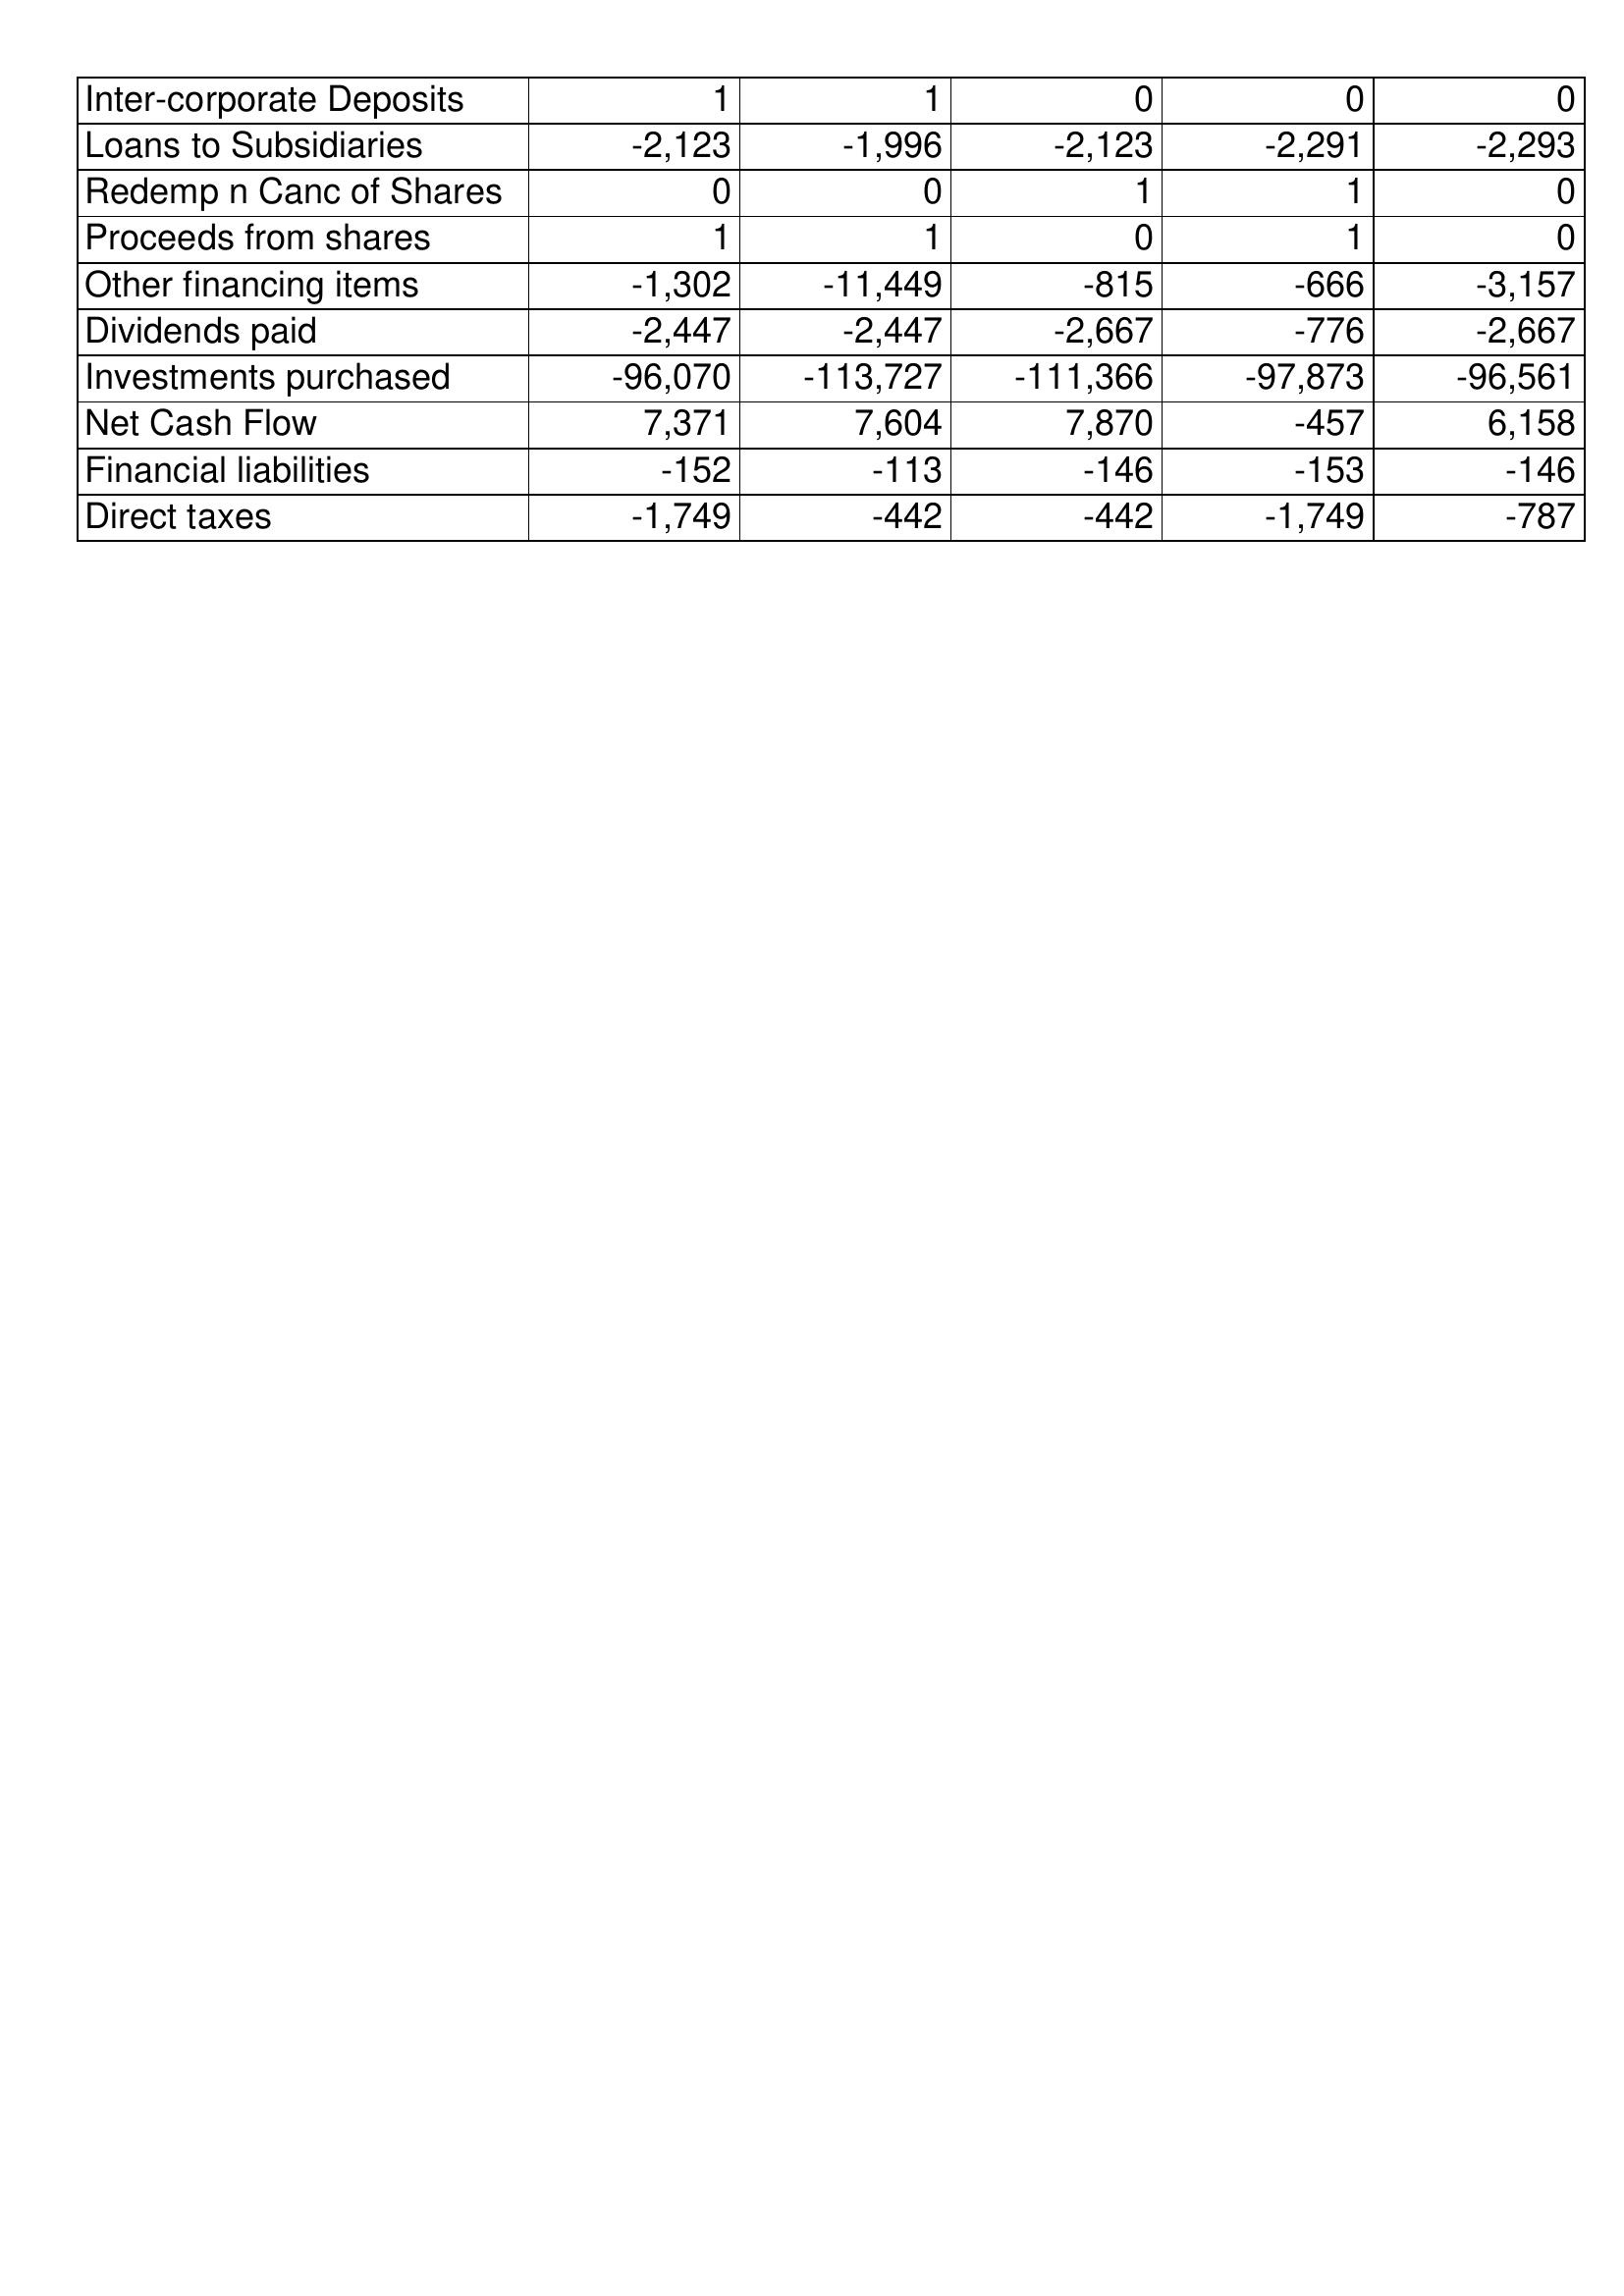
May-15: Cash Flows: Inter-corporate Deposits: 1
Loans to Subsidiaries: -2,123
Redemp n Canc of Shares: 0
Proceeds from shares: 1
Other financing items: -1,302
Dividends paid: -2,447
Investments purchased: -96,070
Net Cash Flow: 7,371
Financial liabilities: -152
Direct taxes: -1,749
May-14: Cash Flows: Inter-corporate Deposits: 1
Loans to Subsidiaries: -1,996
Redemp n Canc of Shares: 0
Proceeds from shares: 1
Other financing items: -11,449
Dividends paid: -2,447
Investments purchased: -113,727
Net Cash Flow: 7,604
Financial liabilities: -113
Direct taxes: -442
May-13: Cash Flows: Inter-corporate Deposits: 0
Loans to Subsidiaries: -2,123
Redemp n Canc of Shares: 1
Proceeds from shares: 0
Other financing items: -815
Dividends paid: -2,667
Investments purchased: -111,366
Net Cash Flow: 7,870
Financial liabilities: -146
Direct taxes: -442
May-12: Cash Flows: Inter-corporate Deposits: 0
Loans to Subsidiaries: -2,291
Redemp n Canc of Shares: 1
Proceeds from shares: 1
Other financing items: -666
Dividends paid: -776
Investments purchased: -97,873
Net Cash Flow: -457
Financial liabilities: -153
Direct taxes: -1,749
May-11: Cash Flows: Inter-corporate Deposits: 0
Loans to Subsidiaries: -2,293
Redemp n Canc of Shares: 0
Proceeds from shares: 0
Other financing items: -3,157
Dividends paid: -2,667
Investments purchased: -96,561
Net Cash Flow: 6,158
Financial liabilities: -146
Direct taxes: -787